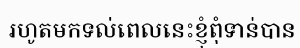
រហូតមកទល់ពេលនេះខ្ញុំពុំទាន់បាន